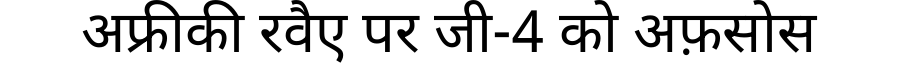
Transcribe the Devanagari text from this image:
अफ्रीकी रवैए पर जी-4 को अफ़सोस